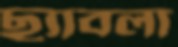
ছ্যাবলা